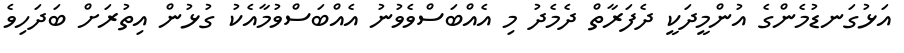
އަޅުގަނޑުމެންގެ އުންމީދަކީ ދެފަރާތް ދެމެދު މި އެއްބަސްވެވުނު އެއްބަސްވުމާއެކު ގުޅުން އިތުރަށް ބަދަހިވެ